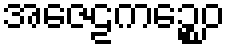
အဇေဠကဉ္စေဝ